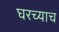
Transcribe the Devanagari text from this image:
घरच्याच